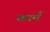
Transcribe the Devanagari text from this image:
कायँ